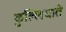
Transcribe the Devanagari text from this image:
कुल्लियाते